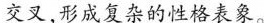
交叉,形成复杂的性格表象。